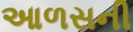
આળસની